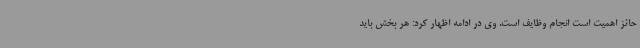
حائز اهمیت است انجام وظایف است. وی در ادامه اظهار کرد: هر بخش باید